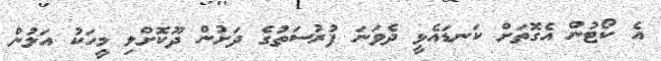
އެ ކޯޓުން އެގޮތަށް ކަނޑައެޅީ ދެވަނަ ފުރުސަތުގެ ދަށުން ދޫކޮށްލި މީހަކު އަލުން